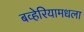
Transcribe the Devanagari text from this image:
बव्हेरियामधला